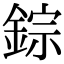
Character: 錝